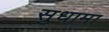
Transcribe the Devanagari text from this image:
सुधामा